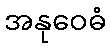
အနုဝေဓံ